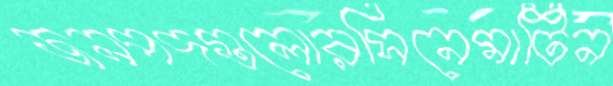
জনপদগুলোরসিনেমাটিন